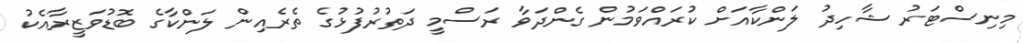
މިނިސްޓަރު ޝާހިދު ލަންކާއަށް ކުރައްވަމުން ގެންދަވާ ރަސްމީ ދަތުރުފުޅުގެ ތެރެއިން ލަންކާގެ ބޮޑުވަޒީރާއެކު